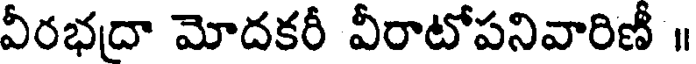
వీరభద్రా మోదకరీ వీరాటోపనివారిణీ ॥